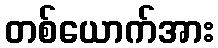
တစ်ယောက်အား